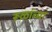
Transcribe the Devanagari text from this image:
रूळांच्या